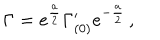
\Gamma = e ^ { \frac { a } { 2 } } \Gamma _ { ( 0 ) } ^ { \prime } e ^ { - { \frac { a } { 2 } } } \, ,